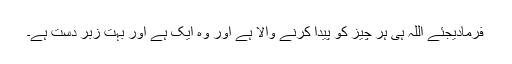
فرمادیجئے اللہ ہی ہر چیز کو پیدا کرنے والا ہے اور وہ ایک ہے اور بہت زبر دست ہے۔